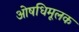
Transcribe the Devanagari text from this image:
ओषधिमूलक